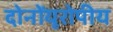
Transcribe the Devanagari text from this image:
दोनोंयूरोपीय